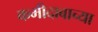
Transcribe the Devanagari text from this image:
कमीदाबाच्या